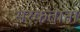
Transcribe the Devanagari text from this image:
सरकताना